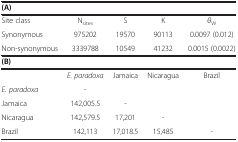
<table><thead><tr><td colspan="5"><b>(A)</b></td></tr></thead><tbody><tr><td>Site class</td><td>N<sub>sites</sub></td><td>S</td><td>K</td><td><i>θ</i><sub>W</sub></td></tr><tr><td>Synonymous</td><td>975202</td><td>19570</td><td>90113</td><td>0.0097 (0.012)</td></tr><tr><td>Non-synonymous</td><td>3339788</td><td>10549</td><td>41232</td><td>0.0015 (0.0022)</td></tr><tr><td colspan="5"><b>(B)</b></td></tr><tr><td> </td><td><i>E. paradoxa</i></td><td>Jamaica</td><td>Nicaragua</td><td>Brazil</td></tr><tr><td><i>E. paradoxa</i></td><td>-</td><td> </td><td> </td><td> </td></tr><tr><td>Jamaica</td><td>142,005.5</td><td>-</td><td> </td><td> </td></tr><tr><td>Nicaragua</td><td>142,579.5</td><td>17,201</td><td>-</td><td> </td></tr><tr><td>Brazil</td><td>142,113</td><td>17,018.5</td><td>15,485</td><td>-</td></tr></tbody></table>